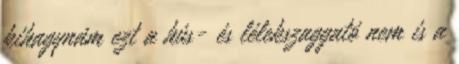
kihagynám ezt a hús- és lélekszaggató nem is a